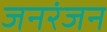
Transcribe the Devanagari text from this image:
जनरंजन